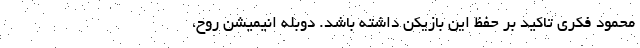
محمود فکری تاکید بر حفظ این بازیکن داشته باشد. دوبله انیمیشن روح،